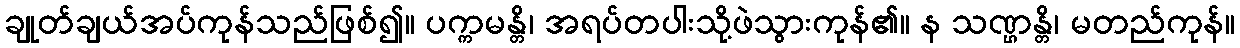
ချုတ်ချယ်အပ်ကုန်သည်ဖြစ်၍။ ပက္ကမန္တိ၊ အရပ်တပါးသို့ဖဲသွားကုန်၏။ န သဏ္ဌန္တိ၊ မတည်ကုန်။